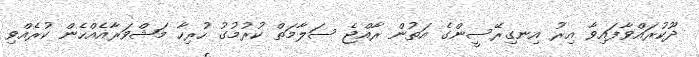
ދޫކުރައްވާފައިވާ އިރު އިނގިރޭސީންގެ އަތުން ރާއްޖެ ސަލާމަތް ކުރުމުގު ހުރިހާ މަޝްވަރާއެއްހެން ކުރެއްވި